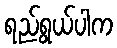
ရည်ရွယ်ပါက